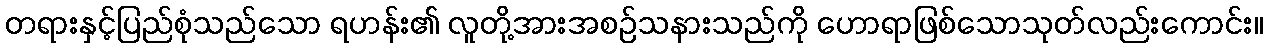
တရားနှင့်ပြည်စုံသည်သော ရဟန်း၏ လူတို့အားအစဉ်သနားသည်ကို ဟောရာဖြစ်သောသုတ်လည်းကောင်း။